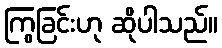
ကြွခြင်းဟု ဆိုပါသည်။